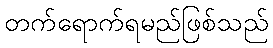
တက်ရောက်ရမည်ဖြစ်သည်